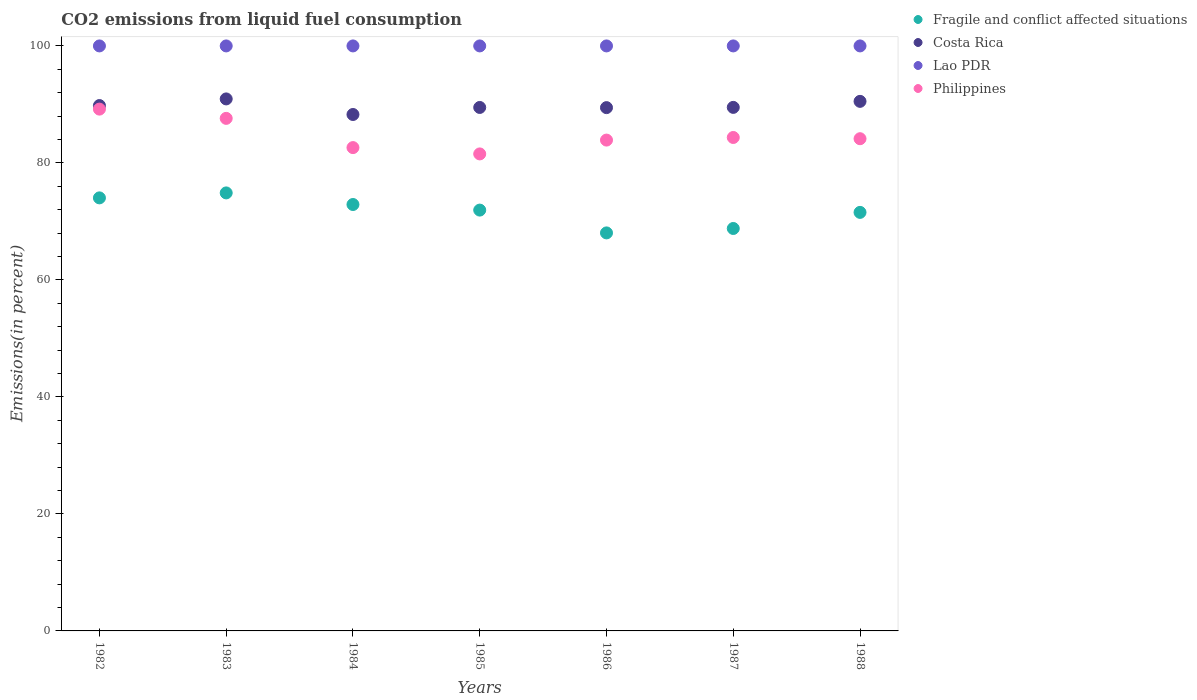
| Years | Fragile and conflict affected situations | Costa Rica | Lao PDR | Philippines |
 | --- | --- | --- | --- | --- |
 | 1982 | 74 | 89.8 | 100 | 89.2 |
 | 1983 | 74.9 | 90.9 | 100 | 87.6 |
 | 1984 | 72.9 | 88.3 | 100 | 82.6 |
 | 1985 | 71.9 | 89.5 | 100 | 81.5 |
 | 1986 | 68 | 89.5 | 100 | 83.9 |
 | 1987 | 68.8 | 89.5 | 100 | 84.3 |
 | 1988 | 71.5 | 90.5 | 100 | 84.1 |